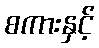
စကားနှင့်